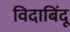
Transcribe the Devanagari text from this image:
विदाबिंदू